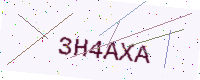
Text: 3H4AXA